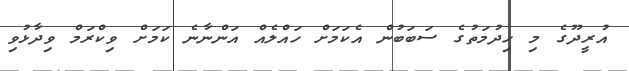
އުރީދޫގެ މި ހިދުމަތުގެ ސަބަބުން އެކަމަށް ހައްލެއް އަންނާނެ ކަމަށް ވިކްރަމް ވިދާޅުވި